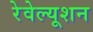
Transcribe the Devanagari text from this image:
रेवेल्यूशन